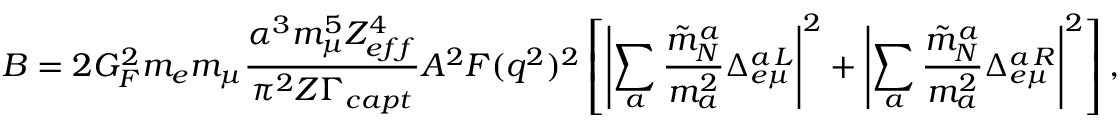
B = 2 G _ { F } ^ { 2 } m _ { e } m _ { \mu } \frac { \alpha ^ { 3 } m _ { \mu } ^ { 5 } Z _ { e f f } ^ { 4 } } { \pi ^ { 2 } Z \Gamma _ { c a p t } } A ^ { 2 } F ( q ^ { 2 } ) ^ { 2 } \left[ \left| \sum _ { a } \frac { \tilde { m } _ { N } ^ { a } } { m _ { a } ^ { 2 } } \Delta _ { e \mu } ^ { a \, L } \right| ^ { 2 } + \left| \sum _ { a } \frac { \tilde { m } _ { N } ^ { a } } { m _ { a } ^ { 2 } } \Delta _ { e \mu } ^ { a \, R } \right| ^ { 2 } \right] ,